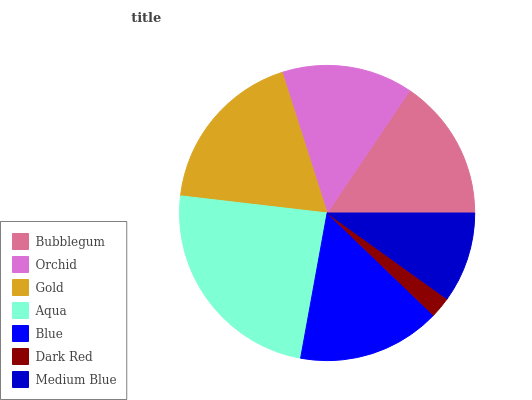
| Bubblegum | Orchid | Gold | Aqua | Blue | Dark Red | Medium Blue |
 | --- | --- | --- | --- | --- | --- | --- |
 | 15.5% | 14.4% | 18.3% | 24% | 15.7% | 2.29% | 9.89% |